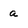
Character: a